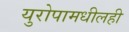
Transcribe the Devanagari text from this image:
युरोपामधीलही